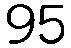
95